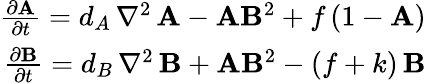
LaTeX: \begin{array}{r}{\frac{\partial\mathbf{A}}{\partial t}=d_{A}\, \nabla^{2}\, \mathbf{A}-\mathbf{A}\mathbf{B}^{2}+f\, (1-\mathbf{A})}\\ {\frac{\partial\mathbf{B}}{\partial t}=d_{B}\, \nabla^{2}\, \mathbf{B}+\mathbf{A}\mathbf{B}^{2}-(f+k)\, \mathbf{B}}\end{array}